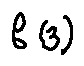
f ( z )